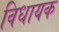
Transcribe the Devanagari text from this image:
विधायक